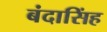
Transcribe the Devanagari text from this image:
बंदासिंह